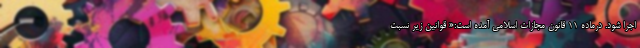
اجرا شود. درماده 11 قانون مجازات اسلامی آمده است:« قوانین زیر نسبت